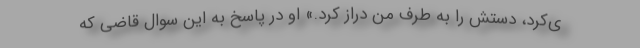
ی‌کرد، دستش را به طرف من دراز کرد.» او در پاسخ به این سوال قاضی که